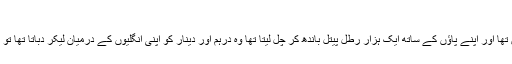
بطل اسلام معتصم باللہ رحمہ اللہ​
خلیفہ معتصم باللہ بہت طاقتور اور بہادر جوان تھا اور اپنے پاؤں کے ساتھ ایک ہزار رطل پیتل باندھ کر چل لیتا تھا وہ درہم اور دینار کو اپنی انگلیوں کے درمیان لیکر دباتا تھا تو ان کے اوپر کندی ہوتی تحریر مٹ جاتی تھی ۔